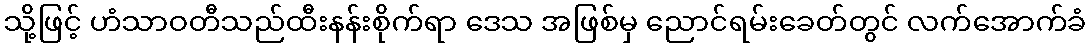
သို့ဖြင့် ဟံသာဝတီသည်ထီးနန်းစိုက်ရာ ဒေသ အဖြစ်မှ ညောင်ရမ်းခေတ်တွင် လက်အောက်ခံ